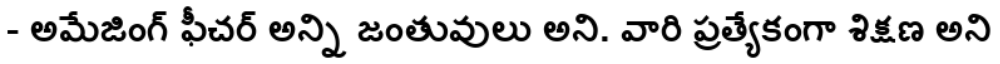
- అమేజింగ్ ఫీచర్ అన్ని జంతువులు అని. వారి ప్రత్యేకంగా శిక్షణ అని